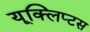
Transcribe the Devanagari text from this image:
यूक्लिप्टस